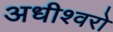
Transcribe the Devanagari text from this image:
अधीश्वरो